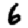
Digit: 6